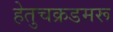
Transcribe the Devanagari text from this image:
हेतुचक्रडमरू